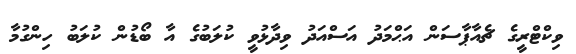
ވިކްޓްރީގެ ޗެއާޕާސަން އަޙްމަދު އަސްއަދު ވިދާޅުވީ ކުލަބުގެ އާ ބޯޑުން ކުލަބު ހިންގުމާ